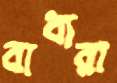
বাধারা